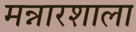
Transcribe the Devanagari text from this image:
मन्नारशाला